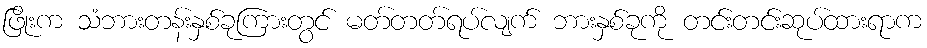
ဖြိုးက သံဘားတန်းနှစ်ခုကြားတွင် မတ်တတ်ရပ်လျက် ဘားနှစ်ခုကို တင်းတင်းဆုပ်ထားရာက